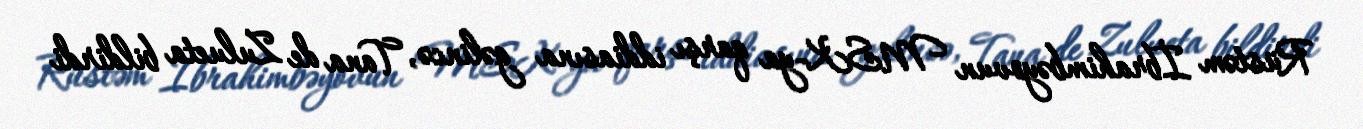
Rüstəm İbrahimbəyovun MSK-ya qarşı iddiasına gəlincə, Tana de Zulueta bildirdi